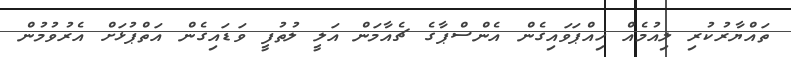
ތައްޔާރުކުރި ލިއުމެއް ހިއްޕަވައިގެން އެންސްޕާގެ ޗެއާމަން އަލީ ލުތުފީ ވަޑައިގެން އަތްޕުޅަށް އެރުވުމުން